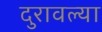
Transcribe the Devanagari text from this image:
दुरावल्या